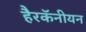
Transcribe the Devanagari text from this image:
हैरकॅनीयन